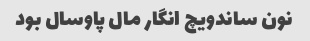
نون ساندویچ انگار مال پاوسال بود